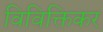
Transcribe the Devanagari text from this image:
विविक्तिकर